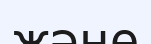
жәнө